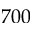
7 0 0